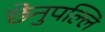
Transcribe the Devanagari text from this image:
छेनुपल्लि